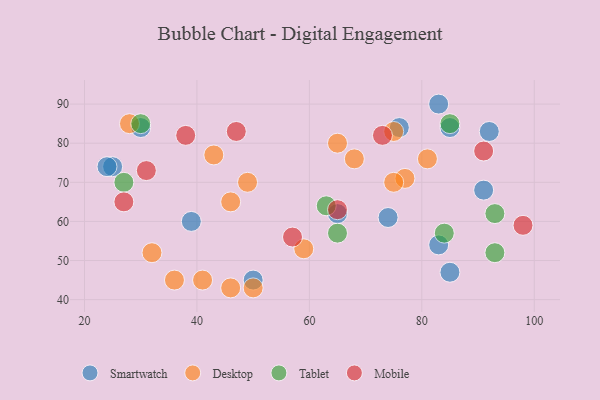
{"axis": {"x": "GDP", "y": "Life Expectancy"}, "legend": ["Desktop", "Mobile", "Smartwatch", "Tablet"], "data": [{"x": "85", "y": 84, "type": "Smartwatch"}, {"x": "39", "y": 60, "type": "Smartwatch"}, {"x": "50", "y": 45, "type": "Smartwatch"}, {"x": "65", "y": 62, "type": "Smartwatch"}, {"x": "74", "y": 61, "type": "Smartwatch"}, {"x": "91", "y": 68, "type": "Smartwatch"}, {"x": "92", "y": 83, "type": "Smartwatch"}, {"x": "83", "y": 54, "type": "Smartwatch"}, {"x": "30", "y": 84, "type": "Smartwatch"}, {"x": "76", "y": 84, "type": "Smartwatch"}, {"x": "25", "y": 74, "type": "Smartwatch"}, {"x": "24", "y": 74, "type": "Smartwatch"}, {"x": "85", "y": 47, "type": "Smartwatch"}, {"x": "83", "y": 90, "type": "Smartwatch"}, {"x": "49", "y": 70, "type": "Desktop"}, {"x": "43", "y": 77, "type": "Desktop"}, {"x": "46", "y": 65, "type": "Desktop"}, {"x": "41", "y": 45, "type": "Desktop"}, {"x": "77", "y": 71, "type": "Desktop"}, {"x": "81", "y": 76, "type": "Desktop"}, {"x": "75", "y": 83, "type": "Desktop"}, {"x": "46", "y": 43, "type": "Desktop"}, {"x": "65", "y": 80, "type": "Desktop"}, {"x": "36", "y": 45, "type": "Desktop"}, {"x": "50", "y": 43, "type": "Desktop"}, {"x": "28", "y": 85, "type": "Desktop"}, {"x": "68", "y": 76, "type": "Desktop"}, {"x": "32", "y": 52, "type": "Desktop"}, {"x": "75", "y": 70, "type": "Desktop"}, {"x": "59", "y": 53, "type": "Desktop"}, {"x": "93", "y": 62, "type": "Tablet"}, {"x": "85", "y": 85, "type": "Tablet"}, {"x": "30", "y": 85, "type": "Tablet"}, {"x": "27", "y": 70, "type": "Tablet"}, {"x": "84", "y": 57, "type": "Tablet"}, {"x": "93", "y": 52, "type": "Tablet"}, {"x": "65", "y": 57, "type": "Tablet"}, {"x": "63", "y": 64, "type": "Tablet"}, {"x": "57", "y": 56, "type": "Mobile"}, {"x": "98", "y": 59, "type": "Mobile"}, {"x": "73", "y": 82, "type": "Mobile"}, {"x": "65", "y": 63, "type": "Mobile"}, {"x": "31", "y": 73, "type": "Mobile"}, {"x": "27", "y": 65, "type": "Mobile"}, {"x": "91", "y": 78, "type": "Mobile"}, {"x": "47", "y": 83, "type": "Mobile"}, {"x": "38", "y": 82, "type": "Mobile"}]}